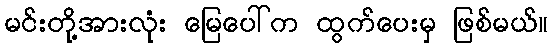
မင်းတို့အားလုံး မြေပေါ်က ထွက်ပေးမှ ဖြစ်မယ်။